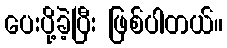
ပေးပို့ခဲ့ပြီး ဖြစ်ပါတယ်။